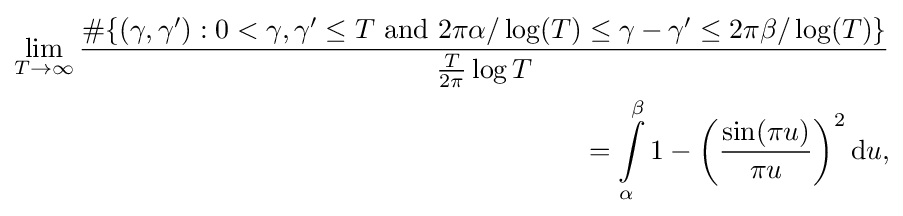
{\begin{aligned}\lim _{T\to \infty }{\frac {\#\{(\gamma ,\gamma '):0<\gamma ,\gamma '\leq T{\text{ and }}2\pi \alpha /\log(T)\leq \gamma -\gamma '\leq 2\pi \beta /\log(T)\}}{{\frac {T}{2\pi }}\log {T}}}\\=\int \limits _{\alpha }^{\beta }1-\left({\frac {\sin(\pi u)}{\pi u}}\right)^{2}\mathrm {d} u,\end{aligned}}